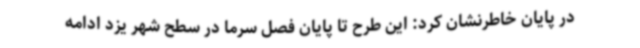
در پایان خاطرنشان کرد: این طرح تا پایان فصل سرما در سطح شهر یزد ادامه